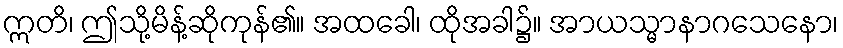
ဣတိ၊ ဤသို့မိန့်ဆိုကုန်၏။ အထခေါ၊ ထိုအခါ၌။ အာယသ္မာနာဂသေနော၊